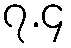
၇.၄